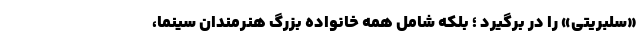
«سلبریتی» را در برگیرد ؛ بلکه شامل همه خانواده بزرگ هنرمندان سینما،